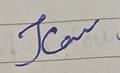
Signature authenticity: forged